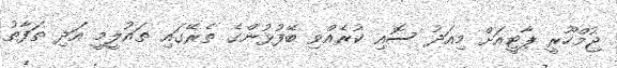
ޖުމްހޫރީ ޕާޓީއަށް މިއަދު ސޮއި ކުރެއްވި ބޭފުޅުންގެ ތެރޭގައި ތައުލީމީ އަދި ތަފާތު